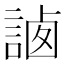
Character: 𧨼